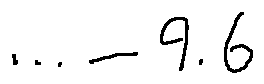
\cdots - 9 . 6